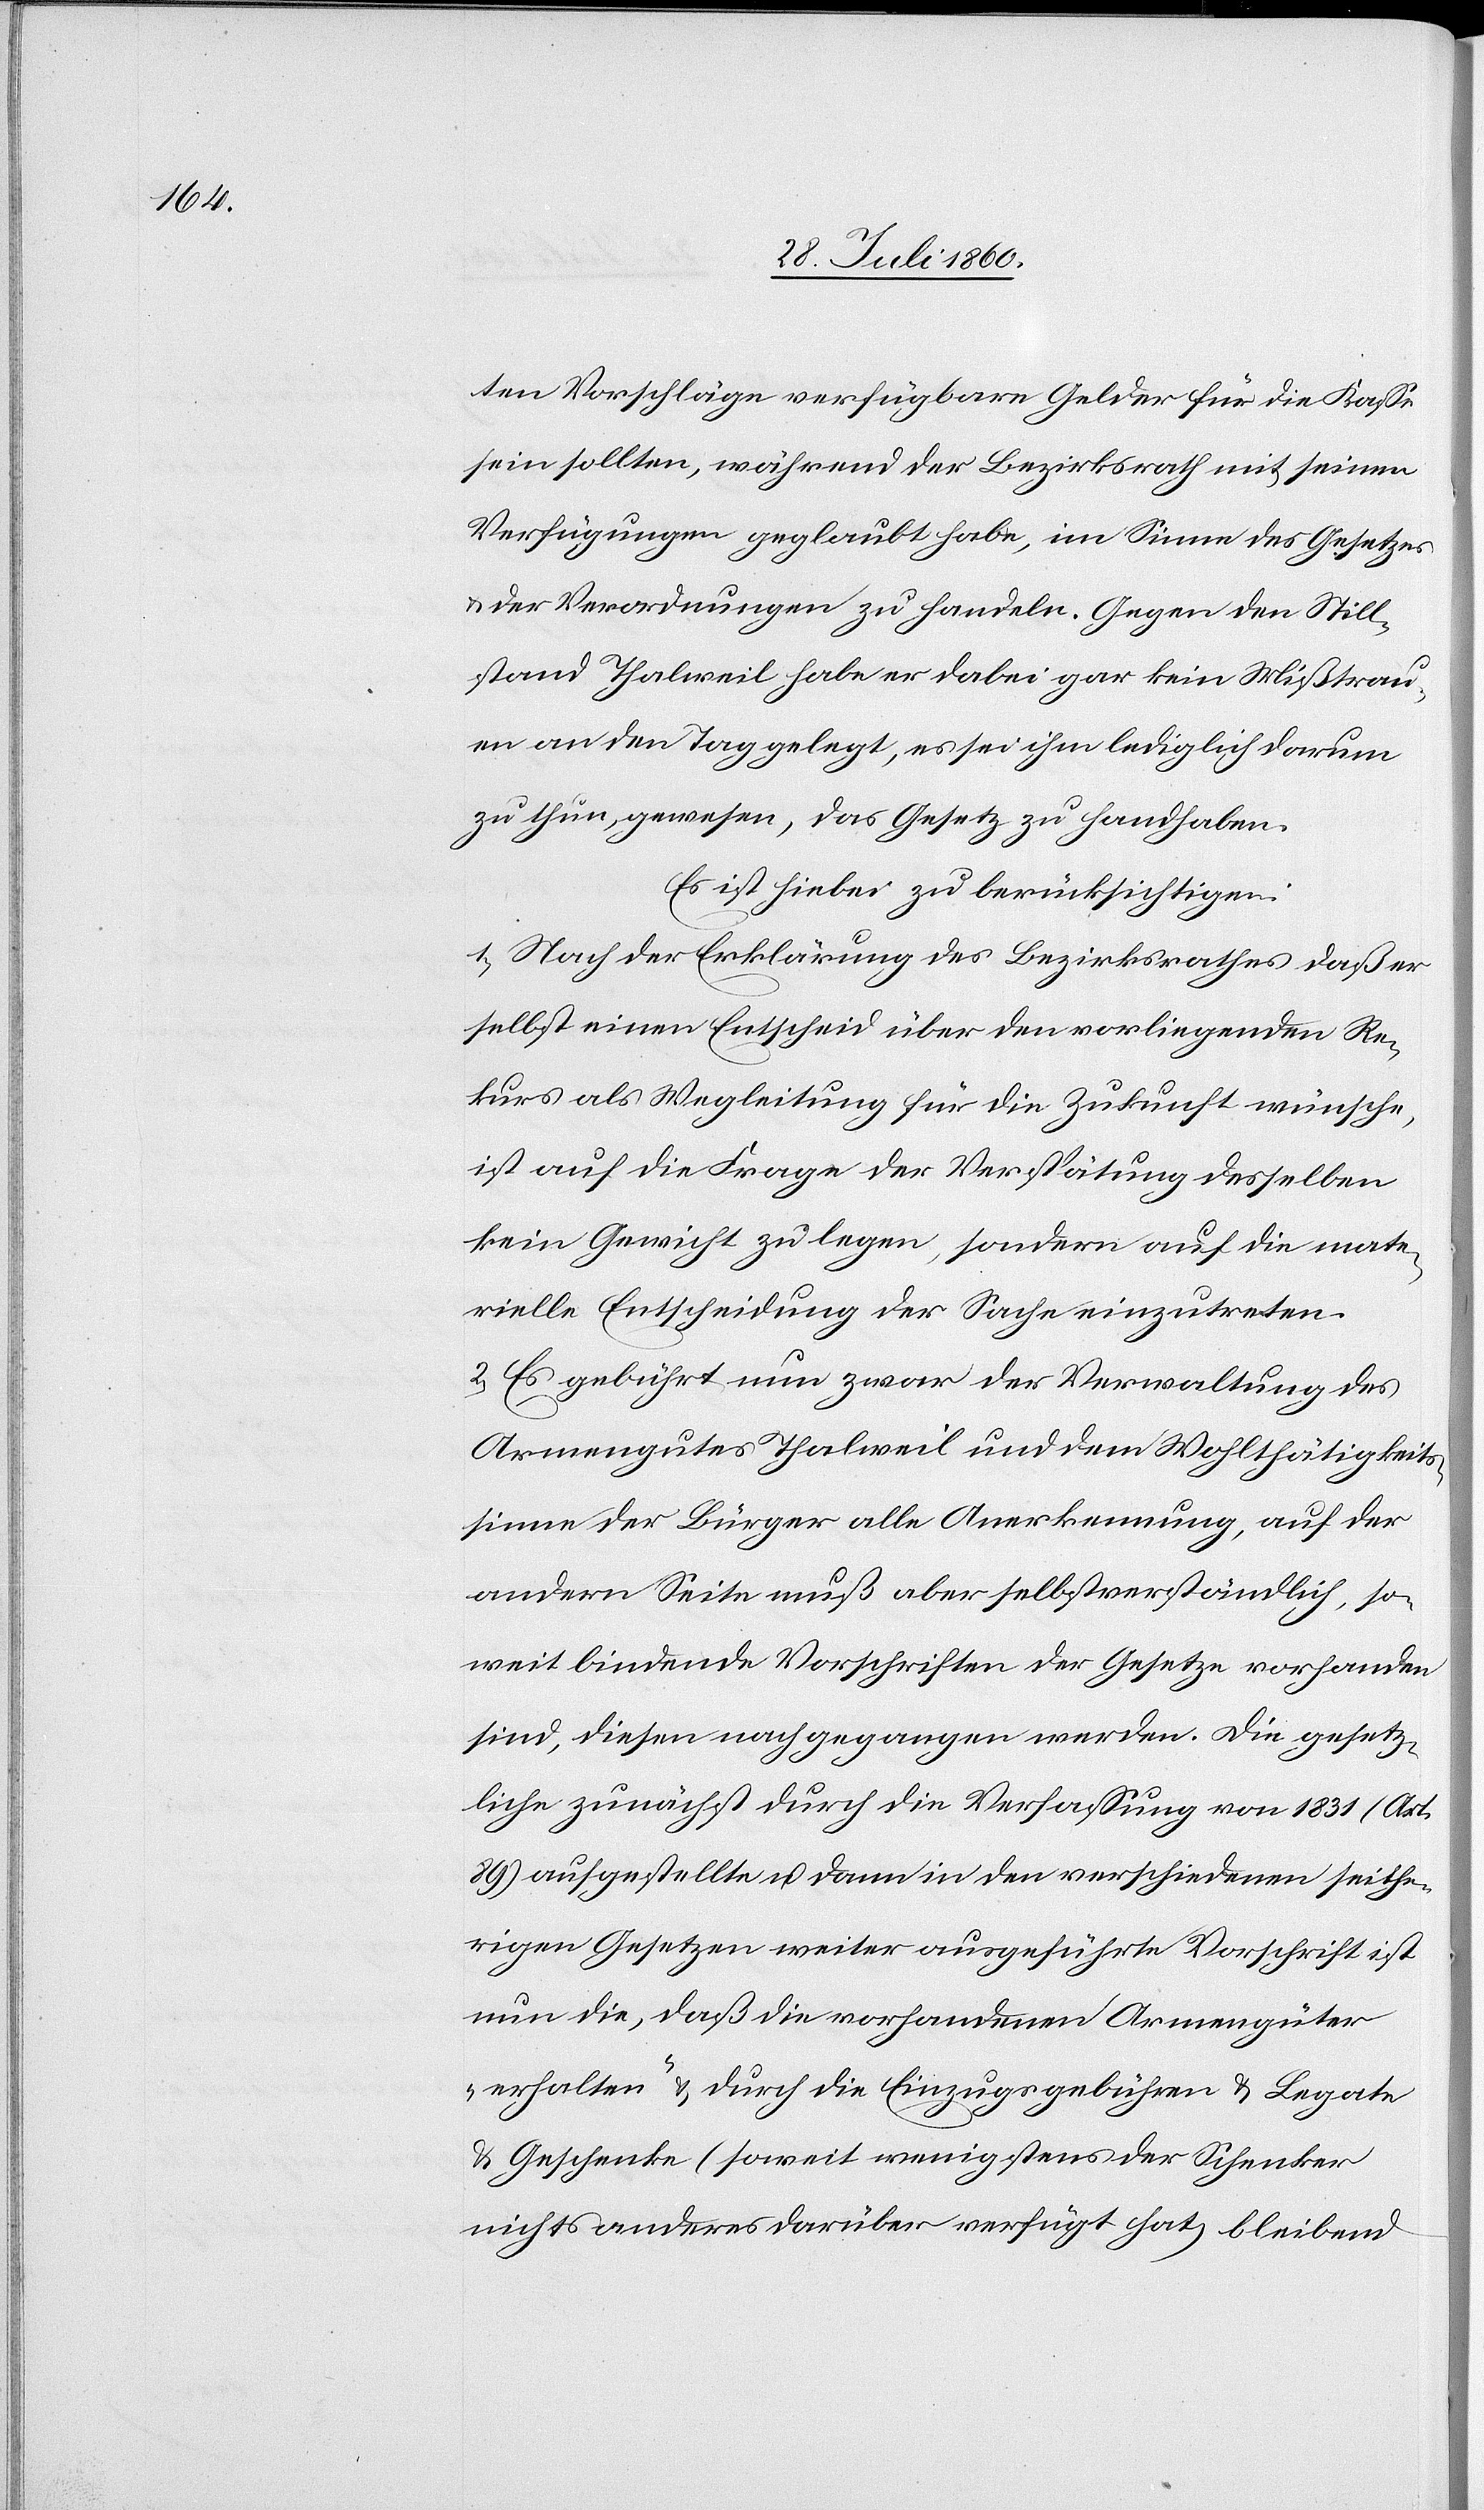
Vorschläge verfügbare Gelder für die Kasse
sein sollten, während der Bezirksrath mit seinen
Verfügungen geglaubt habe, im Sinne des Gesetzes
u. der Verordnungen zu handeln. Gegen den Still¬
stand Thalweil habe er dabei gar kein Misstrau¬
en an den Tag gelegt, es sei ihm lediglich darum
zu thun gewesen, das Gesetz zu handhaben.
Es ist hiebei zu berücksichtigen:
1. Nach der Erklärung des Bezirksrathes, dass er
selbst einen Entscheid über den vorliegenden Re¬
kurs als Wegleitung für die Zukunft wünsche,
ist auf die Frage der Verspätung desselben
kein Gewicht zu legen, sondern auf die mate¬
rielle Entscheidung der Sache einzutreten;
2. Es gebührt nun zwar der Verwaltung des
Armengutes Thalweil und dem Wohlthätigkeits¬
sinne der Bürger alle Anerkennung, auf der
andern Seite muss aber selbstverständlich, so
weit bindende Vorschriften der Gesetze vorhanden
sind, diesen nachgegangen werden. Die gesetz¬
liche, zunächst durch die Verfassung von 1831 (Art.
89) aufgestellte und dann in den verschiedenen seithe¬
rigen Gesetzen weiter ausgeführte Vorschrift ist
nun die, dass die vorhandenen Armengüter
„erhalten“ u. durch die Einzugsgebühren und Legate
u. Geschenke (soweit wenigstens der Schenker
nichts anders darüber verfügt hat) bleibend